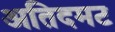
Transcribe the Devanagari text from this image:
अतिदमट